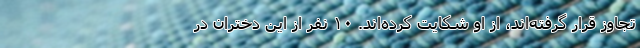
تجاوز قرار گرفته‌اند، از او شکایت کرده‌اند. ۱۰ نفر از این دختران در